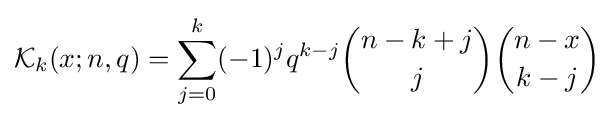
{\mathcal {K}}_{k}(x;n,q)=\sum _{j=0}^{k}(-1)^{j}q^{k-j}{\binom {n-k+j}{j}}{\binom {n-x}{k-j}}